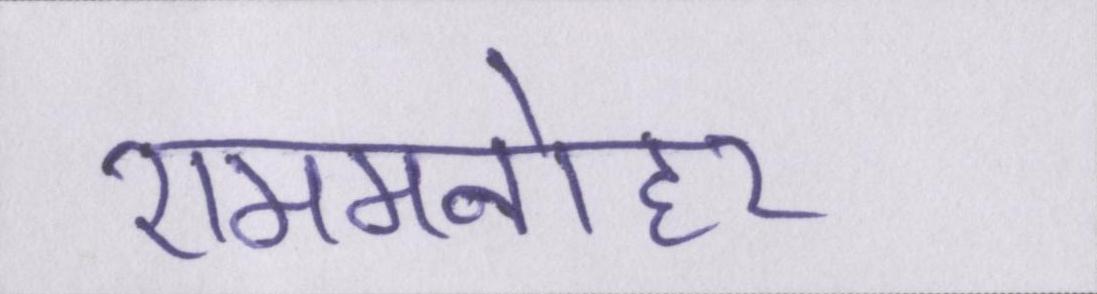
राममनोहर